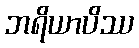
ဘရိယာပိဿ